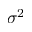
\sigma ^ { 2 }